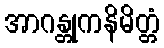
အာဂန္တုကနိမိတ္တံ